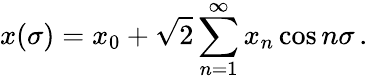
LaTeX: x(\sigma)=x_{0}+\sqrt{2}\sum_{n=1}^{\infty}x_{n}\cos n\sigma\, .